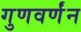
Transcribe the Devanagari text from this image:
गुणवर्णंन